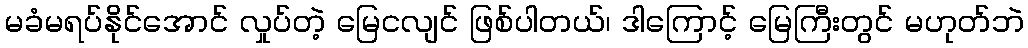
မခံမရပ်နိုင်အောင် လှုပ်တဲ့ မြေငလျင် ဖြစ်ပါတယ်၊ ဒါကြောင့် မြေကြီးတွင် မဟုတ်ဘဲ